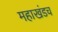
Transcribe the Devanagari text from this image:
महाखंडच